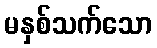
မနှစ်သက်သော